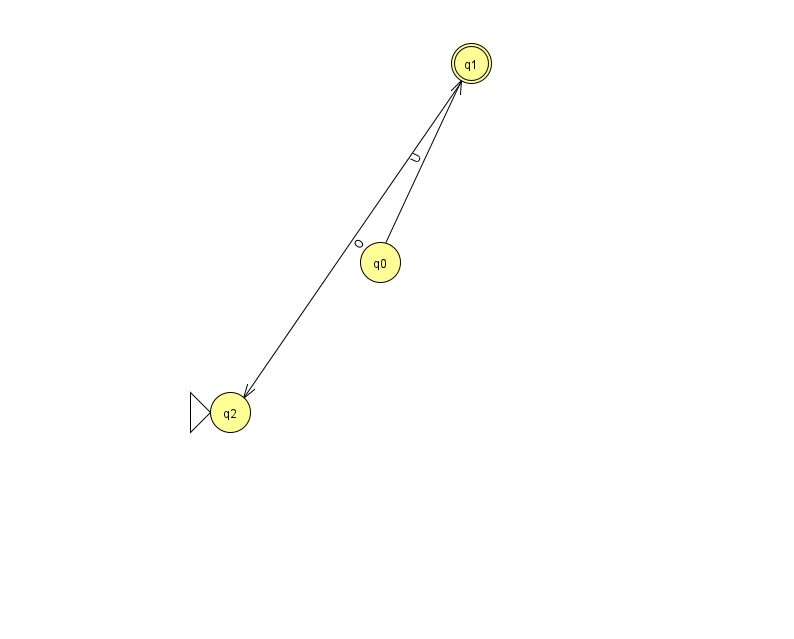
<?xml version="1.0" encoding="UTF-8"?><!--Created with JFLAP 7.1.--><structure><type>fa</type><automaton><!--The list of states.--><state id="0" name="q0"><x>380.0</x><y>249.0</y></state><state id="1" name="q1"><x>471.0</x><y>50.0</y><final/></state><state id="2" name="q2"><x>230.0</x><y>399.0</y><initial/></state><!--The list of transitions.--><transition><from>0</from><to>1</to><read>U</read></transition><transition><from>1</from><to>2</to><read>O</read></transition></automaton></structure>